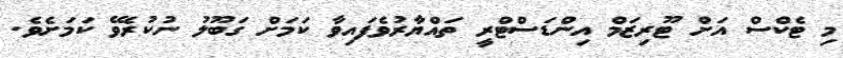
މި ޓެކްސް އަށް ޓޫރިޒަމް އިންޑަސްޓްރީ ތައްޔާރުވެފައިވާ ކަމަށް ގަބޫލު ނުކުރެވޭ ކަމަށެވެ.